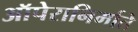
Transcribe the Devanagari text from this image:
ऑपेरानिर्माते